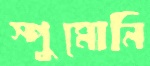
স্পুমোনি